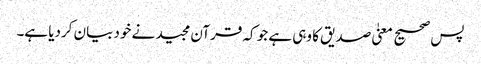
پس صحیح معنیٰ صدیق کا وہی ہے جو کہ قرآن مجید نے خود بیان کردیا ہے۔